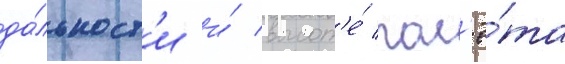
да́льност'и и́ высот'е́ пол'ё́та